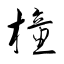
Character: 橦